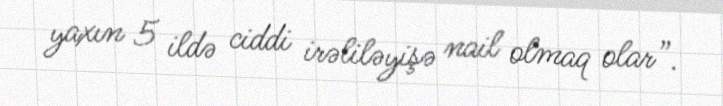
yaxın 5 ildə ciddi irəliləyişə nail olmaq olar”.